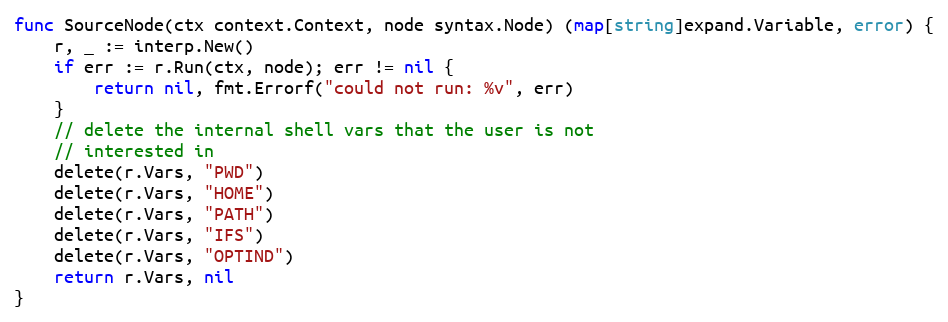
Language: Go
func SourceNode(ctx context.Context, node syntax.Node) (map[string]expand.Variable, error) {
	r, _ := interp.New()
	if err := r.Run(ctx, node); err != nil {
		return nil, fmt.Errorf("could not run: %v", err)
	}
	// delete the internal shell vars that the user is not
	// interested in
	delete(r.Vars, "PWD")
	delete(r.Vars, "HOME")
	delete(r.Vars, "PATH")
	delete(r.Vars, "IFS")
	delete(r.Vars, "OPTIND")
	return r.Vars, nil
}